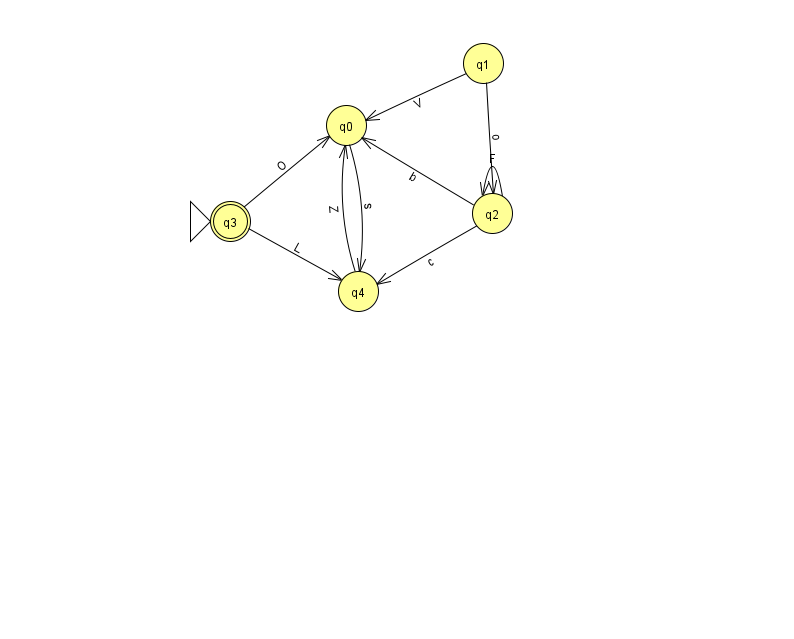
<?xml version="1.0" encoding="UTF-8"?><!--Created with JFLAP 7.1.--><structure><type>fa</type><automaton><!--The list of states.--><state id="0" name="q0"><x>346.0</x><y>112.0</y></state><state id="1" name="q1"><x>483.0</x><y>50.0</y></state><state id="2" name="q2"><x>492.0</x><y>200.0</y></state><state id="3" name="q3"><x>230.0</x><y>208.0</y><initial/><final/></state><state id="4" name="q4"><x>358.0</x><y>278.0</y></state><!--The list of transitions.--><transition><from>3</from><to>0</to><read>O</read></transition><transition><from>4</from><to>0</to><read>Z</read></transition><transition><from>2</from><to>4</to><read>c</read></transition><transition><from>2</from><to>2</to><read>F</read></transition><transition><from>1</from><to>2</to><read>o</read></transition><transition><from>3</from><to>4</to><read>L</read></transition><transition><from>0</from><to>4</to><read>s</read></transition><transition><from>2</from><to>0</to><read>b</read></transition><transition><from>1</from><to>0</to><read>V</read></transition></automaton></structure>